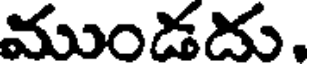
ముండదు.